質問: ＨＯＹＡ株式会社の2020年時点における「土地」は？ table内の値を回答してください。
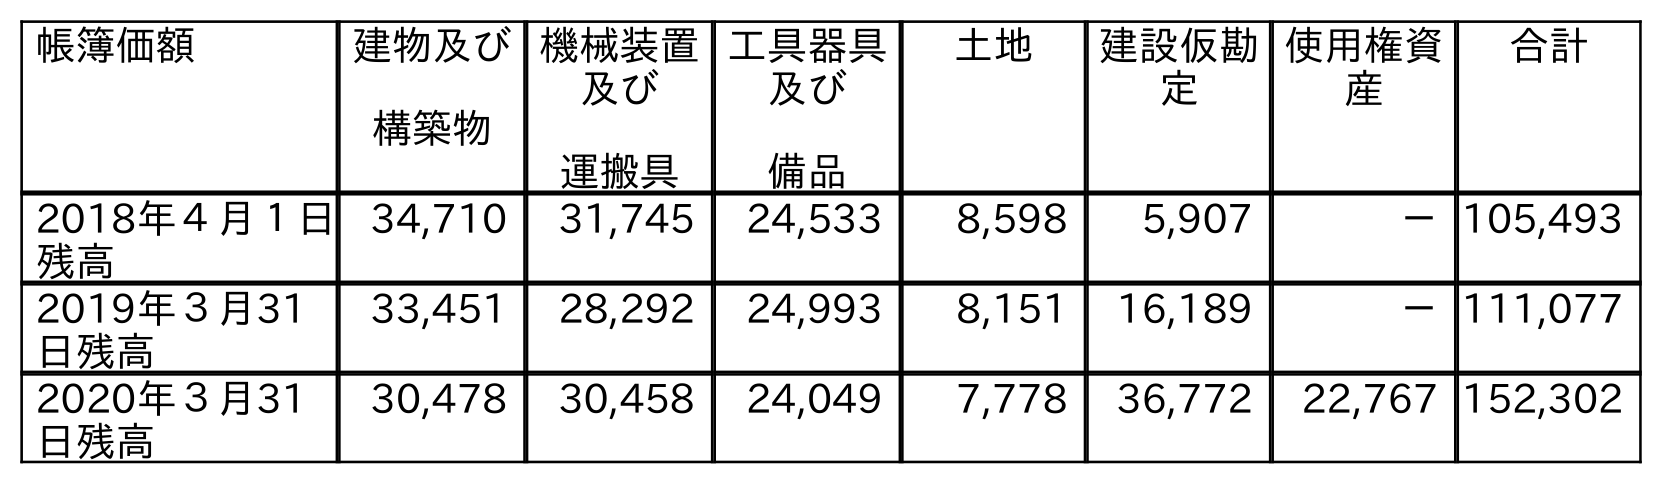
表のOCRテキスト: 帳簿価額 建物及び 構築物 機械装置 及び 運搬具 工具器具 及び 備品 土地 建設仮勘 定 使用権資 産 合計 2018年４月１日 残高 34,710 31,745 24,533 8,598 5,907 －105,493 2019年３月31 日残高 33,451 28,292 24,993 8,151 16,189 －111,077 2020年３月31 日残高 30,478 30,458 24,049 7,778 36,772 22,767 152,302
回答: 7,778